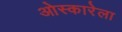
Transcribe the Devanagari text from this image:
ओस्कारेला